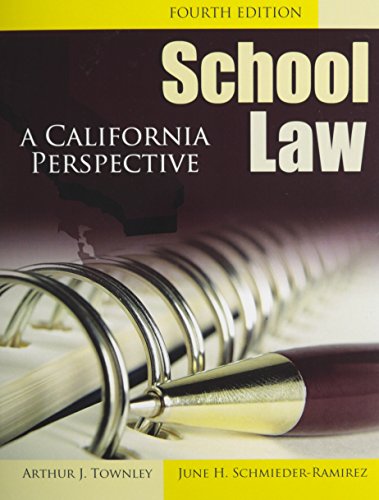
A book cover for School Law: A California Perspective w/ CD; TOWNLEY  ARTHUR; Law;